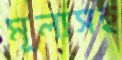
মূল্যসহ